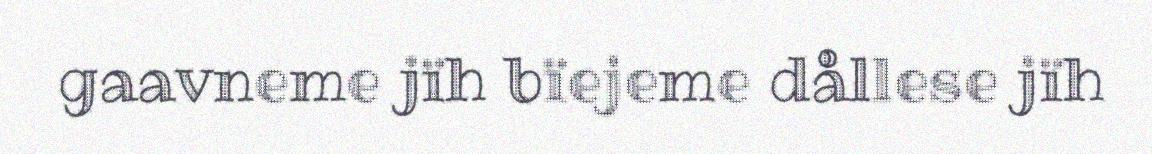
gaavneme jïh bïejeme dållese jïh